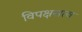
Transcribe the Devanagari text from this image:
विपक्षसत्व